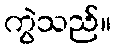
ကွဲသည်။